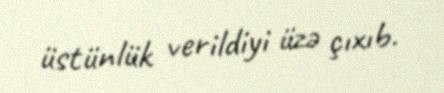
üstünlük verildiyi üzə çıxıb.